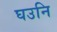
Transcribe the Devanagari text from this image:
घउनि